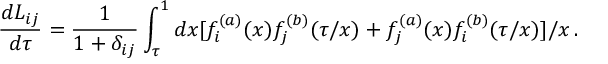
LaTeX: \frac { d L _ { i j } } { d \tau } = \frac { 1 } { 1 + \delta _ { i j } } \int _ { \tau } ^ { 1 } d x [ f _ { i } ^ { ( a ) } ( x ) f _ { j } ^ { ( b ) } ( \tau / x ) + f _ { j } ^ { ( a ) } ( x ) f _ { i } ^ { ( b ) } ( \tau / x ) ] / x \, .